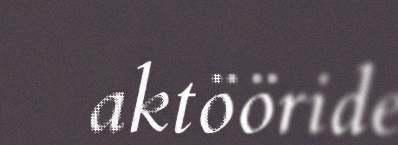
aktööride